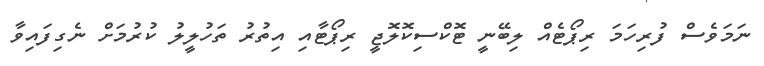
ނަމަވެސް ފުރިހަމަ ރިޕޯޓެއް ލިބޭނީ ޓޮކްސިކޮލޮޖީ ރިޕޯޓާއި އިތުރު ތަހުލީލު ކުރުމަށް ނެގިފައިވާ